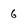
Character: 6